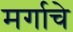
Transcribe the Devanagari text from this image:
मर्गाचे